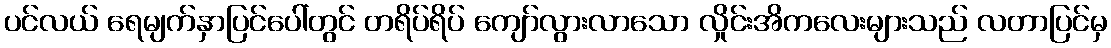
ပင်လယ် ရေမျက်နှာပြင်ပေါ်တွင် တရိပ်ရိပ် ကျော်လွားလာသော လှိုင်းအိကလေးများသည် လတာပြင်မှ